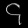
Digit: ၄